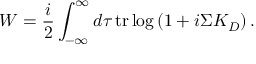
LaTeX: W = { \frac { i } { 2 } } \int _ { - \infty } ^ { \infty } d \tau \, \mathrm { t r } \log \left( 1 + i \Sigma K _ { D } \right) .